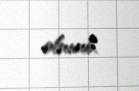
olunub.